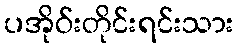
ပအိုဝ်းတိုင်းရင်းသား